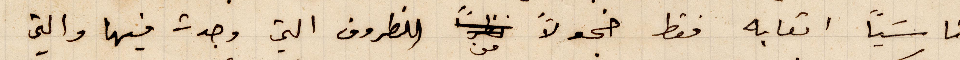
ناسيًا اتعابه فقط خجولًا من الظروف التي وجت فيها والتي